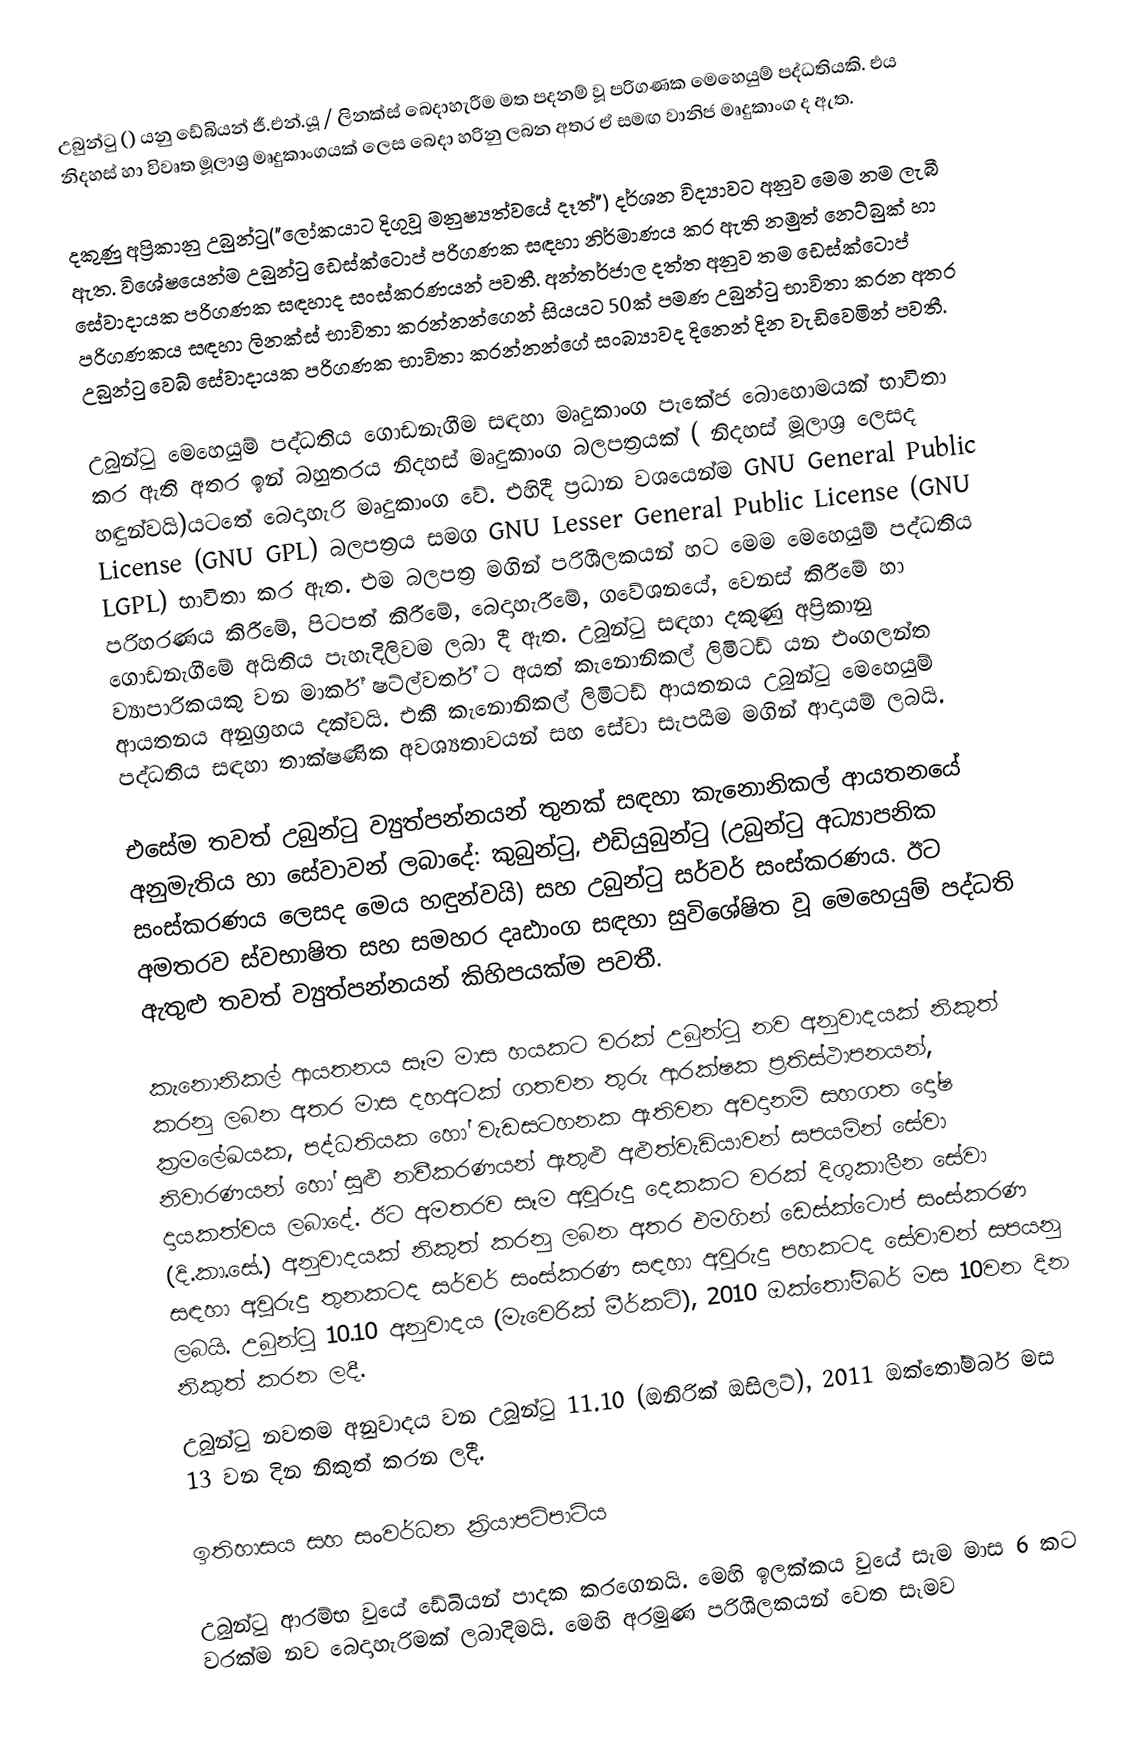
උබුන්ටු () යනු ඩේබියන් ජී.එන්.යූ / ලිනක්ස් බෙදාහැරීම මත පදනම් වූ පරිගණක මෙහෙයුම් පද්ධතියකි. එය නිදහස් හා විවෘත මූලාශ්‍ර මෘදුකාංගයක් ලෙස බෙදා හරිනු ලබන අතර ඒ සමඟ වානිජ මෘදුකාංග ද ඇත.

දකුණු අප්‍රිකානු උබුන්ටු("ලෝකයාට දිගුවූ මනුෂ්‍යත්වයේ දෑත්") දර්ශන විද්‍යාවට අනුව මෙම නම ලැබී ඇත. විශේෂයෙන්ම උබුන්ටු ඩෙස්ක්ටොප් පරිගණක සඳහා නිර්මාණය කර ඇති නමුත් නෙට්බුක් හා සේවාදායක පරිගණක සඳහාද සංස්කරණයන් පවතී. අන්තර්ජාල දත්ත අනුව තම ඩෙස්ක්ටොප් පරිගණකය සඳහා ලිනක්ස් භාවිතා කරන්නන්ගෙන් සියයට 50ක් පමණ උබුන්ටු භාවිතා කරන අතර උබුන්ටු වෙබ් සේවාදායක පරිගණක භාවිතා කරන්නන්ගේ සංබ්‍යාවද දිනෙන් දින වැඩිවෙමින් පවතී.

උබුන්ටු මෙහෙයුම් පද්ධතිය ගොඩනැගීම සඳහා මෘදුකාංග පැකේජ බොහොමයක් භාවිතා කර ඇති අතර ඉන් බහුතරය නිදහස් මෘදුකාංග බලපත්‍රයක් ( නිදහස් මූලාශ්‍ර ලෙසද හඳුන්වයි)යට‍තේ බෙදාහැරි මෘදුකාංග වේ. එහිදී ප්‍රධාන වශයෙන්ම GNU General Public License (GNU GPL) බලපත්‍රය සමග GNU Lesser General Public License (GNU LGPL) භාවිතා කර ඇත. එම බලපත්‍ර මගින් පරිශීලකයන් හට මෙම මෙහෙයුම් පද්ධතිය පරිහරණය කිරීමේ, පිටපත් කිරීමේ, බෙදාහැරීමේ, ගවේශනයේ, වෙනස් කිරීමේ හා ගොඩනැගීමේ අයිතිය පැහැදිලිවම ලබා දී ඇත. උබුන්ටු සඳහා දකුණු අප්‍රිකානු ව්‍යාපාරිකයකු වන මාර්ක් ෂට්ල්වර්ත් ට අයත් කැනොනිකල් ලිමිටඩ් යන එංගලන්ත ආයතනය අනුග්‍රහය දක්වයි. එකී කැනොනිකල් ලිමිටඩ් ආයතනය උබුන්ටු මෙහෙයුම් පද්ධතිය සඳහා තාක්ෂණික අවශ්‍යතාවයන් සහ සේවා සැපයීම මගින් ආදායම් ලබයි.

එසේම තවත් උබුන්ටු ව්‍යුත්පන්නයන් තුනක් සඳහා කැනොනිකල් ආයතනයේ අනුමැතිය හා සේවාවන් ලබාදේ: කුබුන්ටු, එඩියුබුන්ටු (උබුන්ටු අධ්‍යාපනික සංස්කරණය ලෙසද මෙය හඳුන්වයි) සහ උබුන්ටු සර්වර් සංස්කරණය. ඊට අමතරව ස්වභාෂිත සහ සමහර දෘ‍ඪාංග සඳහා සුවිශේෂිත වූ මෙහෙයුම් පද්ධති ඇතුළු තවත් ව්‍යුත්පන්නයන් කිහිපයක්ම පවතී.

කැනොනිකල් ආයතනය සෑම මාස හයකට වරක් උබුන්ටු නව අනුවාදයක් නිකුත් කරනු ලබන අතර මාස දහඅටක් ගතවන තුරු ආරක්ෂක ප්‍රතිස්ථාපනයන්, ක්‍රමලේඛයක, පද්ධතියක හෝ වැඩසටහනක ඇතිවන අවදානම් සහගත දෝෂ නිවාරණයන් හෝ සුළු නවීකරණයන් ඇතුළු අළුත්වැඩියාවන් සපයමින් සේවා දායකත්වය ලබාදේ. ඊට අමතරව සෑම අවුරුදු දෙකකට වරක් දිගුකාලීන සේවා (දි.කා.සේ.) අනුවාදයක් නිකුත් කරනු ලබන අතර එමගින් ඩෙස්ක්ටොප් සංස්කරණ සඳහා අවුරුදු තුනකටද සර්වර් සංස්කරණ සඳහා අවුරුදු පහකටද සේවාවන් සපයනු ලබයි. උබුන්ටු 10.10 අනුවාදය (මැවෙරික් මීර්කට්), 2010 ඔක්තෝම්බර් මස 10වන දින නිකුත් කරන ලදී.
උබුන්ටු නවතම අනුවාදය වන උබුන්ටු 11.10 (ඔනිරික් ඔසිලට්), 2011 ඔක්තෝම්බර් මස 13 වන දින නිකුත් කරන ලදී.

ඉතිහාසය සහ සංවර්ධන ක්‍රියාපටිපාටිය

උබුන්ටු ආරම්භ වුයේ ඩේබියන් පාදක කරගෙනයි. මෙහි ඉලක්කය වුයේ සැම මාස 6 කට වරක්ම නව බෙදාහැරිමක් ලබාදිමයි. මෙහි අරමුණ පරිශීලකයන් වෙත සෑමව